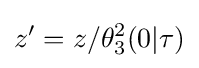
z'=z/\theta _{3}^{2}(0|\tau )